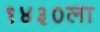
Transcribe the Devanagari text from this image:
१४३०ला